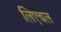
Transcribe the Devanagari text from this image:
लिएचल